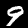
Digit: 9